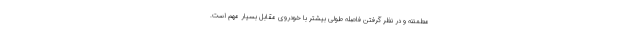
مطمئنه و در نظر گرفتن فاصله طولی بیشتر با خودروی مقابل بسیار مهم است.